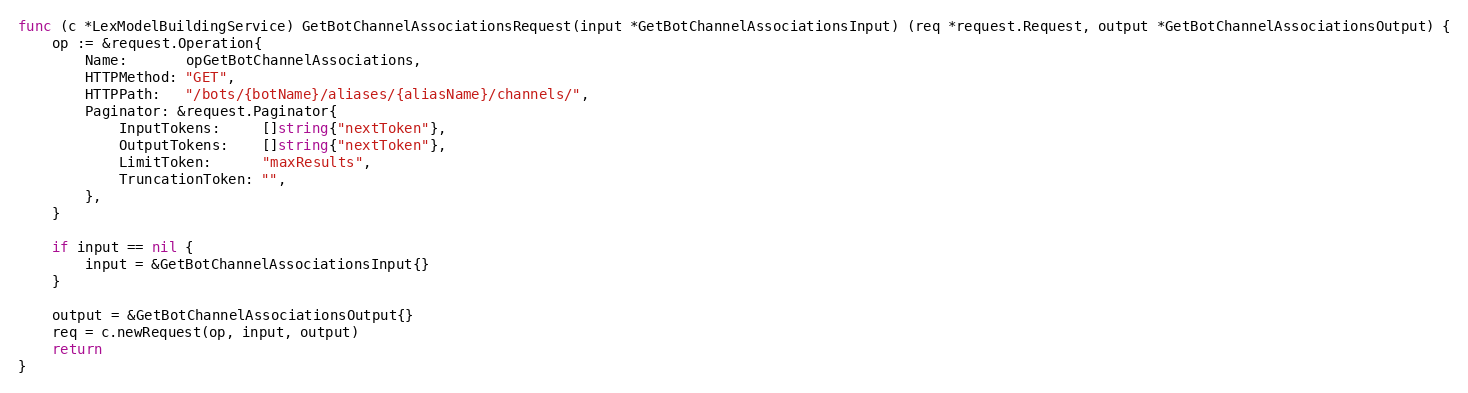
Language: Go
func (c *LexModelBuildingService) GetBotChannelAssociationsRequest(input *GetBotChannelAssociationsInput) (req *request.Request, output *GetBotChannelAssociationsOutput) {
	op := &request.Operation{
		Name:       opGetBotChannelAssociations,
		HTTPMethod: "GET",
		HTTPPath:   "/bots/{botName}/aliases/{aliasName}/channels/",
		Paginator: &request.Paginator{
			InputTokens:     []string{"nextToken"},
			OutputTokens:    []string{"nextToken"},
			LimitToken:      "maxResults",
			TruncationToken: "",
		},
	}

	if input == nil {
		input = &GetBotChannelAssociationsInput{}
	}

	output = &GetBotChannelAssociationsOutput{}
	req = c.newRequest(op, input, output)
	return
}